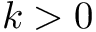
k > 0